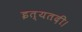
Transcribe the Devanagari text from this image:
इत्यतदी।